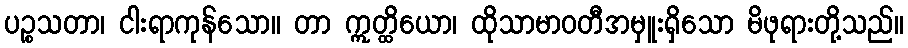
ပဉ္စသတာ၊ ငါးရာကုန်သော။ တာ ဣတ္ထိယော၊ ထိုသာမာဝတီအမှူးရှိသော မိဖုရားတို့သည်။